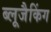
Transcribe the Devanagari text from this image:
ब्लूजैकिंग